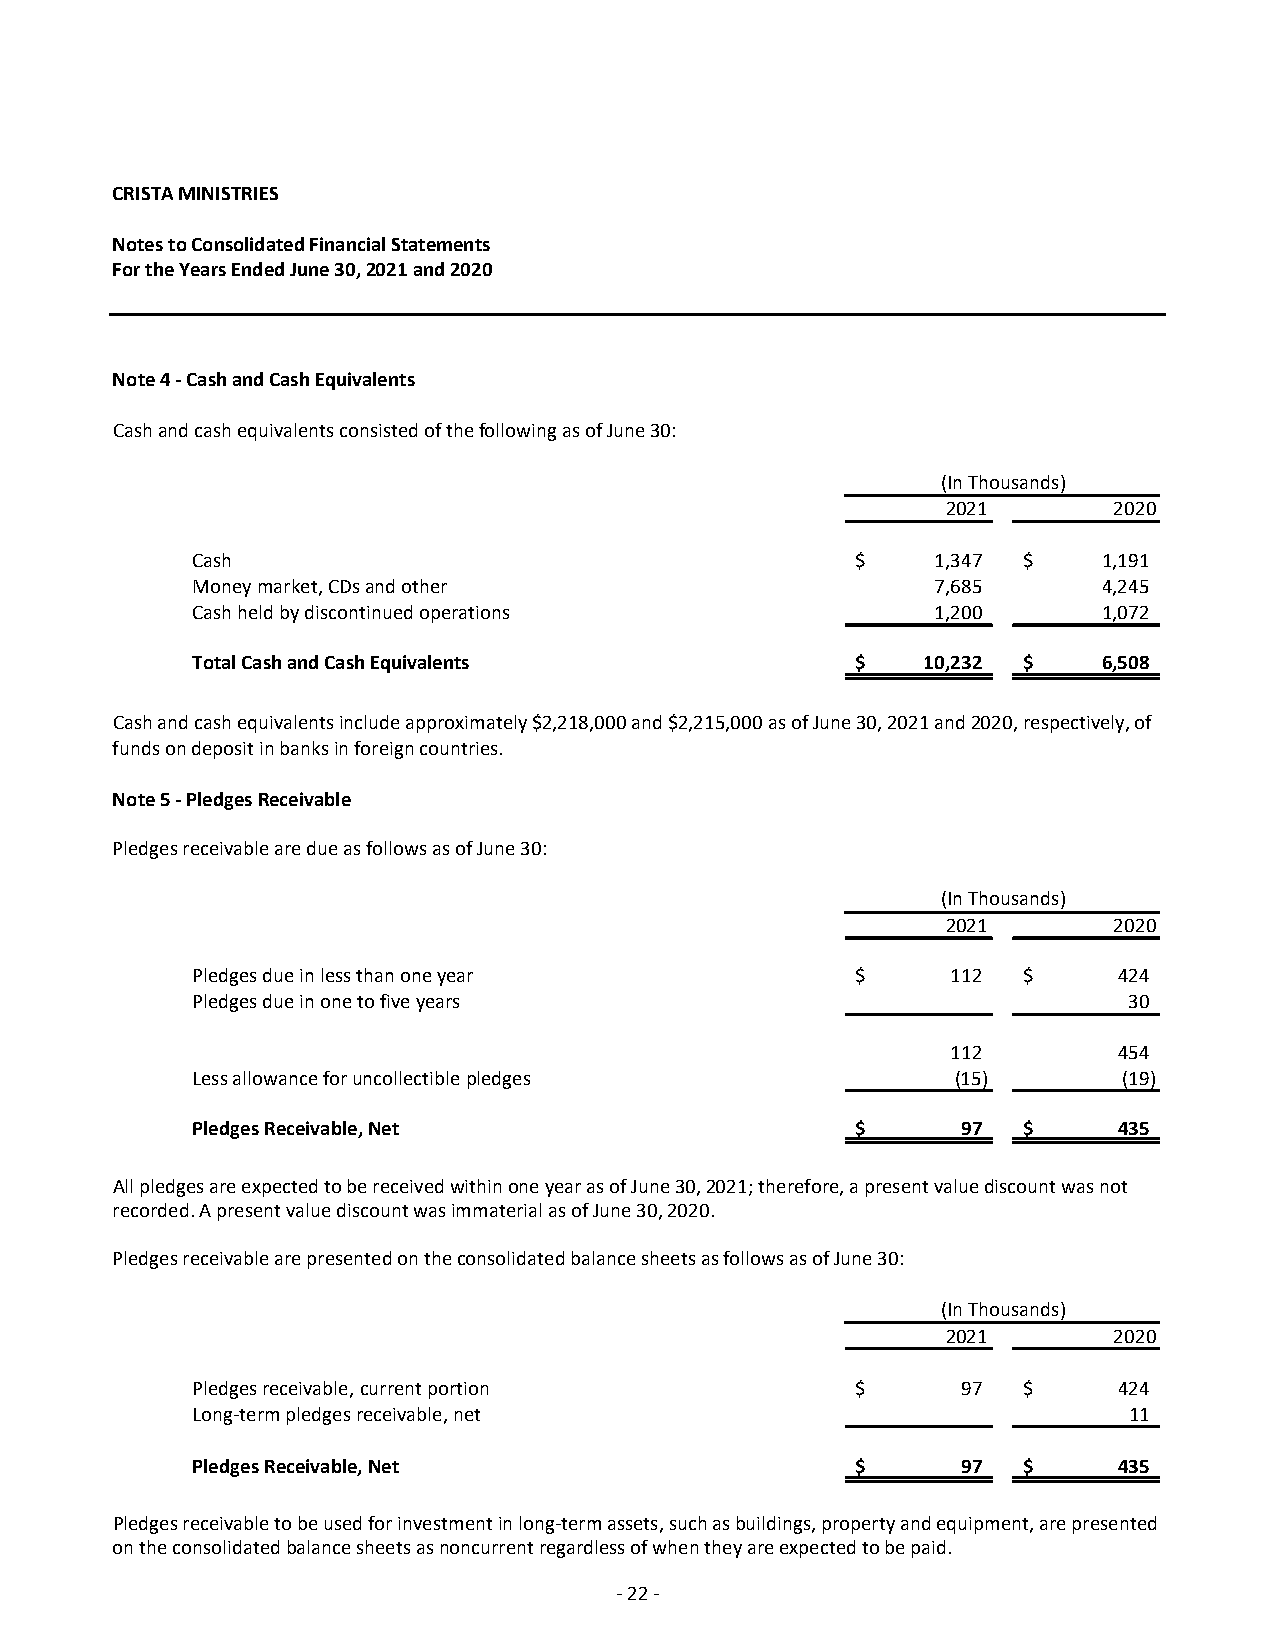
CRISTA MINISTRIES
 Notes to Consolidated Financial Statements
 For the Years Ended June 30, 2021 and 2020
 Note 4 ‐ Cash and Cash Equivalents
 Cash and cash equivalents consisted of the following as of June 30:
 (In Thousands)
 2021       2020
 Cash                                        $    1,347 $    1,191
 Money market, CDs and other                      7,685      4,245
 Cash held by discontinued operations             1,200      1,072
 Total Cash and Cash Equivalents             $   10,232 $    6,508
 Cash and cash equivalents include approximately $2,218,000 and $2,215,000 as of June 30, 2021 and 2020, respectively, of
 funds on deposit in banks in foreign countries.
 Note 5 ‐ Pledges Receivable
 Pledges receivable are due as follows as of June 30:
 (In Thousands)
 2021       2020
 Pledges due in less than one year           $     112  $     424
 Pledges due in one to five years                              30
 112        454
 Less allowance for uncollectible pledges          (15)       (19)
 Pledges Receivable, Net                     $      97  $     435
 All pledges are expected to be received within one year as of June 30, 2021; therefore, a present value discount was not
 recorded. A present value discount was immaterial as of June 30, 2020.
 Pledges receivable are presented on the consolidated balance sheets as follows as of June 30:
 (In Thousands)
 2021       2020
 Pledges receivable, current portion         $      97  $     424
 Long‐term pledges receivable, net                   ‐         11
 Pledges Receivable, Net                     $      97  $     435
 Pledges receivable to be used for investment in long‐term assets, such as buildings, property and equipment, are presented
 on the consolidated balance sheets as noncurrent regardless of when they are expected to be paid.
 ‐ 22 ‐